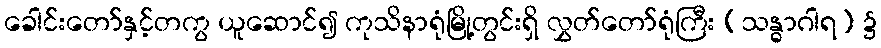
ခေါင်းတော်နှင့်တကွ ယူဆောင်၍ ကုသိနာရုံမြို့တွင်းရှိ လွှတ်တော်ရုံကြီး (သန္ဓာဂါရ) ၌